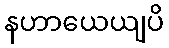
နဟာယေယျပိ